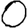
Digit: 0